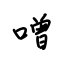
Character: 噌